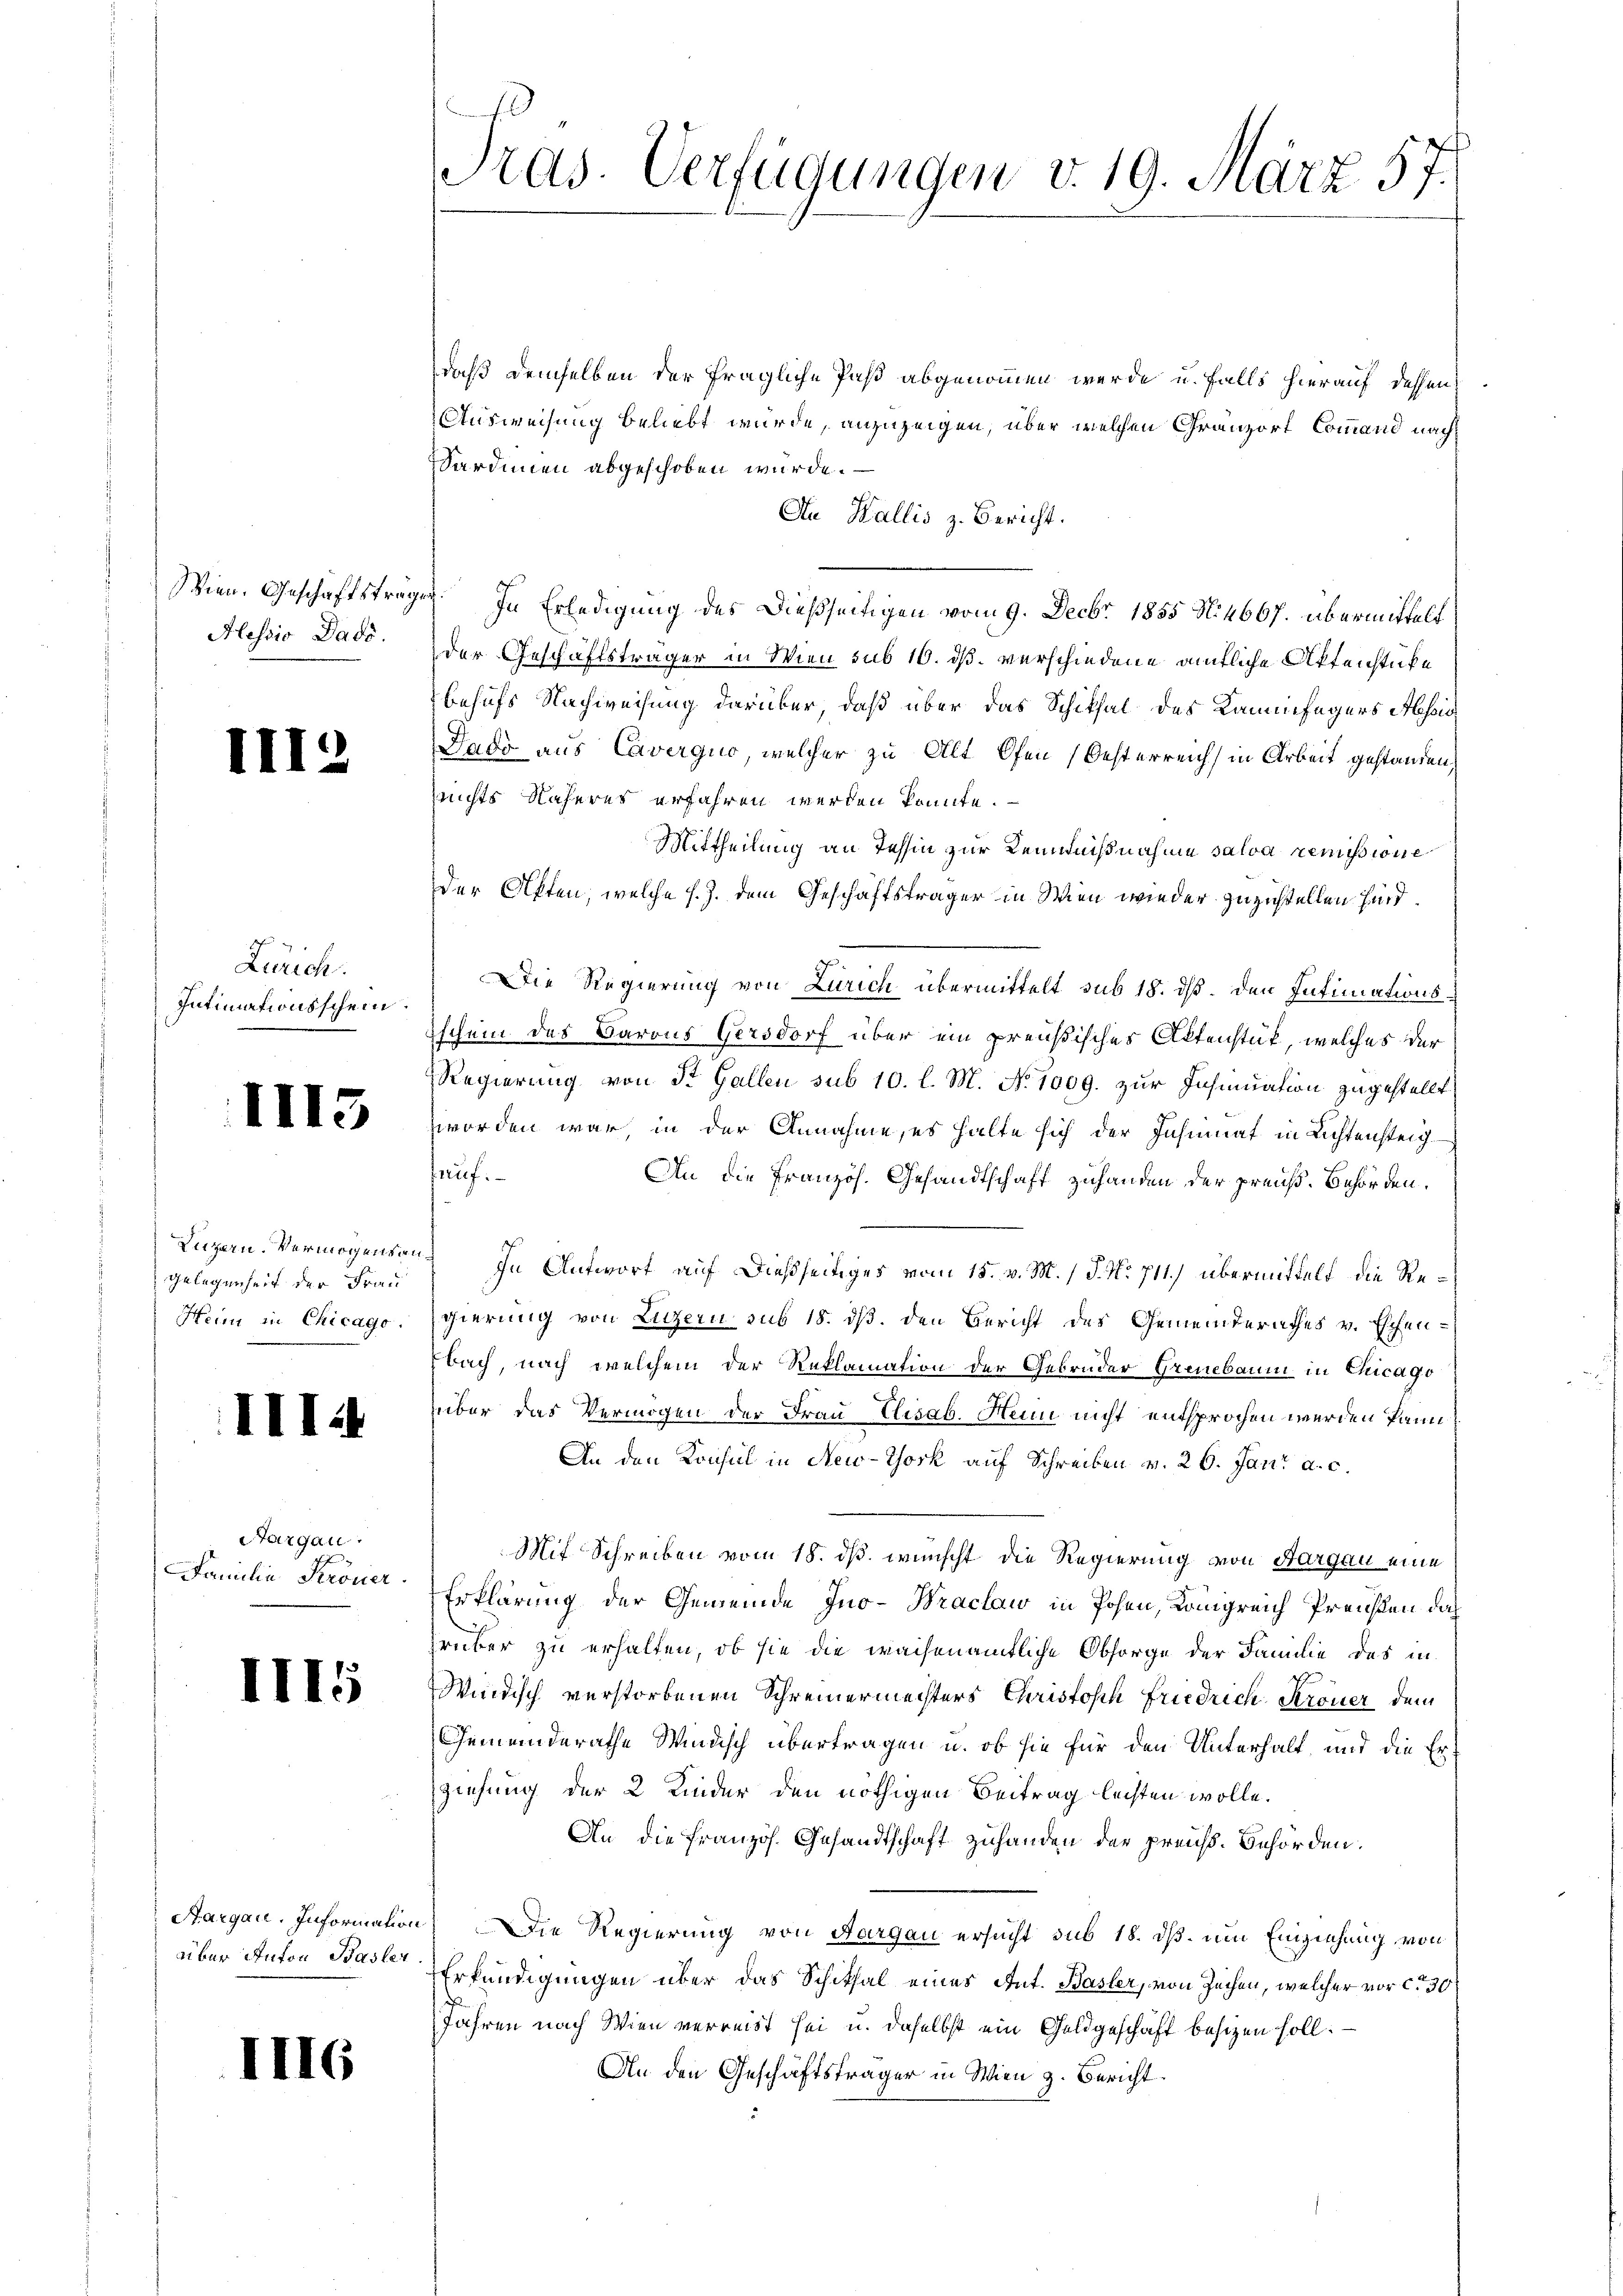
Alessio Dado.

Zürich.
Intimationsschein.

III

Luzern. Vermögensan¬
Gelegenheit der Frau
Henn in Chicago.

II

Aargau.
Familia Kroner

II15

Aargau. Information
über Anton Basler

d

e
Tras. Verfügungen v. 19. März 57.

daß demselben der fragliche Paß abgenommen wurde u. falls hierauf dessen
Ausweisung beliebt wurde, anzuzeigen, über welchen Gränz(...) Command nach
Sardinen abgeschoben würde.
An Wallis z. Bericht.
Wien. Geschäftsträgen. In Erledigung des dießseitigen vom 9. Decbr 1855 N. 4667. übermittelt
der Geschäftsträger in Wien sub 16. dß. verschiedene amtliche Aktenstücke
behufs Nachweisung darüber, daß über das Schiksal des Kammifagers Assis
Dado aus Caverquo, welcher zu Alt Ofen Oesterreich in Arbeit gestanden,
nnichts Näheres erfahren werden könnte.
Mittheilung an Tessin zur Kenntnißnahme salva remissione
Der Akten, welche s. Z. dem Geschäftsträger in Wien wieder zuzustellen sind.
Die Regierung von Zürich übermittelt sub 18. ds. den Infimations¬
Tschein des Barons Gersdorf über ein preußisches Altenstät, welches der
Regierung von St. Gallen sub 10. l. M. No 1009. zur Insinuation zugestellt
zworden war, in der Annahme, es halte sich der Jahrmat in Lichtensteig
ruf:
An die Französ. Gesandtschaft zuhanden der preuß. Behörden.
 In Antwort auf dießseitiges vom 15. v. M. / P. Nr. 711.) übermittelt die Regierung von Luzern sub 18. dß. den Bericht des Gemeinderathes v. Eisen¬
Fbach, nach welchem der Reklamation der Gebrüder Grenbaum in Chicago
über das Vermögen der Frau Elisab. Henn nicht entsprochen werden kann,
An den Konsul in New-York auf Schreiben v. 26. Jan. a. c.
Mit Schreiben vom 18. ds. wunscht die Regierung von Aargau eine
Erklärung der Gemeinde Ino- Braclaw in Hohen, Königreich Preußen dah
ruker zu erhalten, ob sie die waisenamtliche Obsorge der Familie des in
Windisch verstorbenen Schreinermeisters Christoph Friedrich Kroner dem
Gemeinderathe Windisch übertragen u. ob sie für den Unterhalt, und die Erziehung der 2 Kinder den nöthigen Beitrag leisten wolle.
An die französ. Gesandtschaft zuhanden der preiss. Behörden.
. Die Regierung von Aargau ersucht sub 18. dß. um Einziehung von
Erkundigungen über das Schithal eines Ant. Basler, von Zechen, welcher vor ca 30
Jahren nach Wien verreist sei u. daselbst ein Geldgeschaft besizen soll.
An den Geschäftsträger in Wien z. Bericht